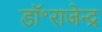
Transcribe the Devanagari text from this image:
डॉ॰राजेन्द्र